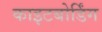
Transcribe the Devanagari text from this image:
काइटबोर्डिंग